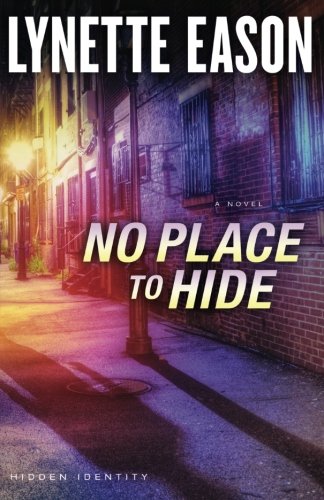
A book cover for No Place to Hide: A Novel (Hidden Identity); Lynette Eason; Christian Books & Bibles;